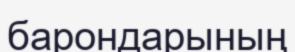
барондарының